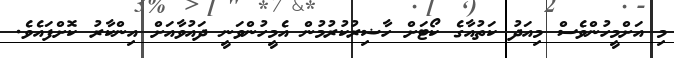
މި އަށްމީހުންވެސް މިއަދު ކަތުއާގެ ކޯޓަށް ހާޟިރުކުރުމުން އެމީހުންވަނީ ދައުވާއަށް އިންކާރު ކޮށްފައެވެ.